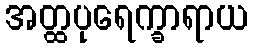
အတ္ထပုရေက္ခာရာယ